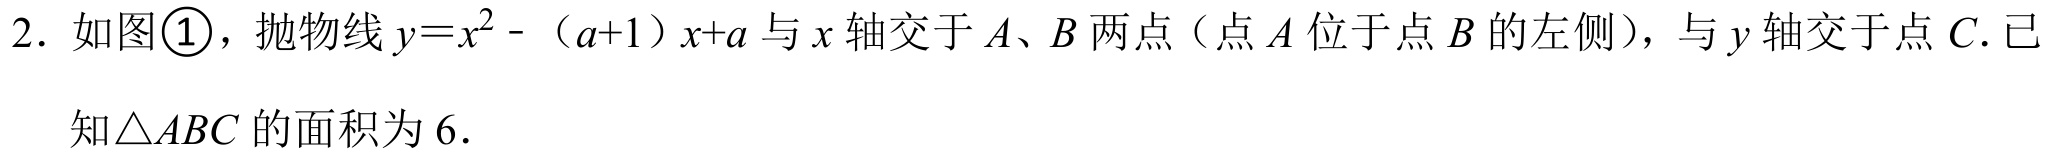
2. 如图\textcircled{1}，抛物线$y = x^{2} - （a + 1）x + a$与$x$轴交于$A、B$两点（点$A$位于点$B$的左侧），与$y$轴交于点$C$. 已知$\triangle ABC$的面积为$6$.